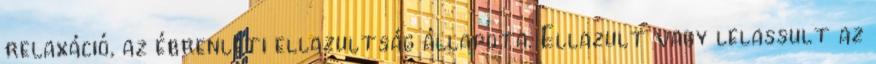
relaxáció, az ébrenléti ellazultság állapota. Ellazult vagy lelassult az